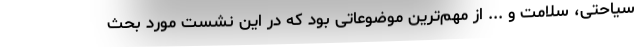
سیاحتی، سلامت و ... از مهم‌ترین موضوعاتی بود که در این نشست مورد بحث